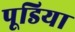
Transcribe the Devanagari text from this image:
पूडिया